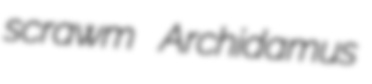
scrawm Archidamus